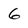
Character: 6